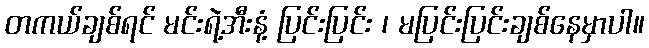
တကယ်ချစ်ရင် မင်းရဲ့အီးနံ့ ပြင်းပြင်း ၊ မပြင်းပြင်းချစ်နေမှာပါ။